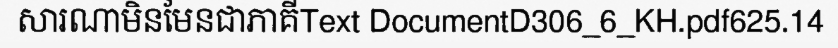
សារណាមិនមែនជាភាគីText DocumentD306_6_KH.pdf625.14